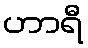
ဟာရီ